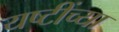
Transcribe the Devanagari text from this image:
यष्टींच्या